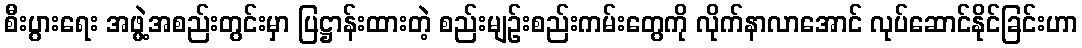
စီးပွားရေး အဖွဲ့အစည်းတွင်းမှာ ပြဋ္ဌာန်းထားတဲ့ စည်းမျဉ်းစည်းကမ်းတွေကို လိုက်နာလာအောင် လုပ်ဆောင်နိုင်ခြင်းဟာ